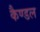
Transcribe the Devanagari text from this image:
कैण्डल